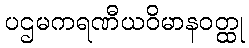
ပဌမကရဏီယဝိမာနဝတ္ထု